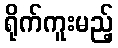
ရိုက်ကူးမည့်